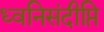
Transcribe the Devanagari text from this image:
ध्वनिसंदीप्ति